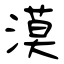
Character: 漠